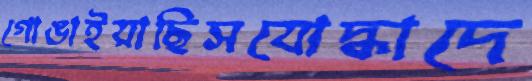
গোঙাইয়াছিসযোদ্ধাদে